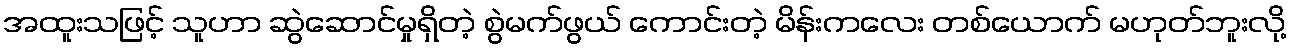
အထူးသဖြင့် သူဟာ ဆွဲဆောင်မှုရှိတဲ့ စွဲမက်ဖွယ် ကောင်းတဲ့ မိန်းကလေး တစ်ယောက် မဟုတ်ဘူးလို့